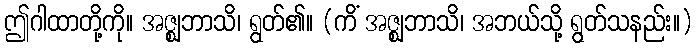
ဤဂါထာတို့ကို။ အဇ္ဈဘာသိ၊ ရွတ်၏။ (ကိံ အဇ္ဈဘာသိ၊ အဘယ်သို့ ရွတ်သနည်း။)